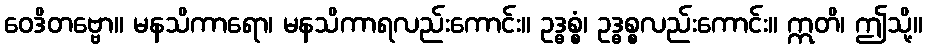
ဝေဒိတဗ္ဗော။ မနသိကာရော၊ မနသိကာရလည်းကောင်း။ ဥဒ္ဓစ္စံ၊ ဥဒ္ဓစ္စလည်းကောင်း။ ဣတိ၊ ဤသို့။